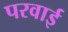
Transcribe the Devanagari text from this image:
परवाई